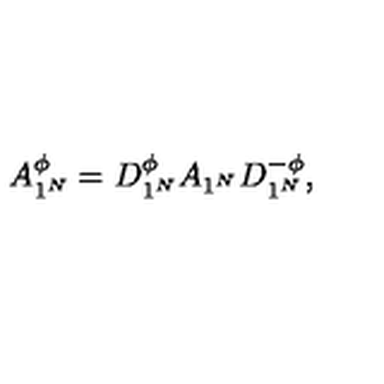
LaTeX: A _ { 1 ^ { N } } ^ { \phi } = D _ { 1 ^ { N } } ^ { \phi } A _ { 1 ^ { N } } D _ { 1 ^ { N } } ^ { - \phi } ,